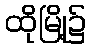
ထိုမြို့၌